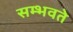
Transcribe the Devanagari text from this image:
सम्भवते